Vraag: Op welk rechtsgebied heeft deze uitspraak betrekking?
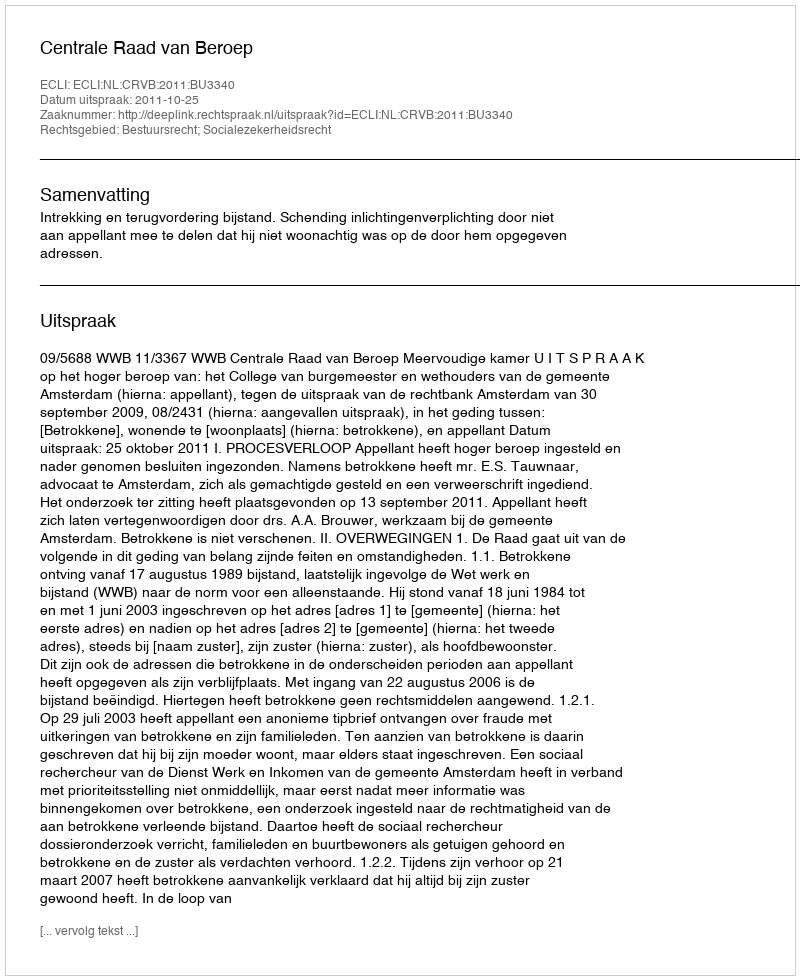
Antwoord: Bestuursrecht; Socialezekerheidsrecht